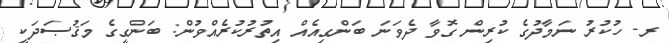
ރ- ހުކުރު ނަމާދުގެ ކުރިން ގޮވާ ދެވަނަ ބަންގިއެއް އިތުރުކުރެއްވުން: ބަންގީގެ މަޤުޞަދަކީ